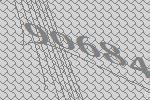
90684